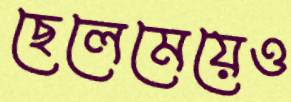
ছেলেমেয়েও